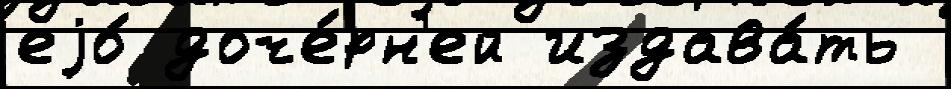
еjо́ доче́рн'ей издава́ть